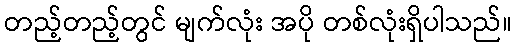
တည့်တည့်တွင် မျက်လုံး အပို တစ်လုံးရှိပါသည်။